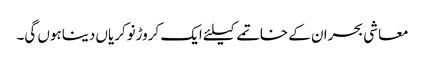
معاشی بحران کے خاتمے کیلئے ایک کروڑنوکریاں دیناہوں گی۔